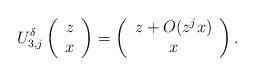
LaTeX: \begin{align*}U_{3,j}^\delta \left( \begin{array}{c} z \\ x \end{array}\right) = \left( \begin{array}{c} z + O(z^j x) \\ x \end{array}\right) .\end{align*}